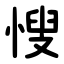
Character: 㥰